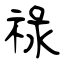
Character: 祿